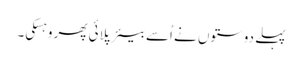
پہلے دوستوں نے اُسے بیئر پلائی پھر وہسکی۔